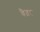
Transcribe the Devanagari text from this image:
वैतर